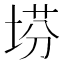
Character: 𡍆